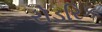
રોડરિક